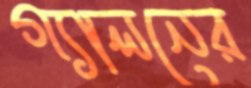
গ্যালনের